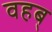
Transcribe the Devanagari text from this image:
वहब्